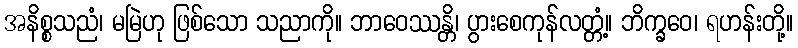
အနိစ္စသညံ၊ မမြဲဟု ဖြစ်သော သညာကို။ ဘာဝေဿန္တိ၊ ပွားစေကုန်လတ္တံ့။ ဘိက္ခဝေ၊ ရဟန်းတို့။